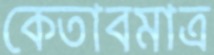
কেতাবমাত্র